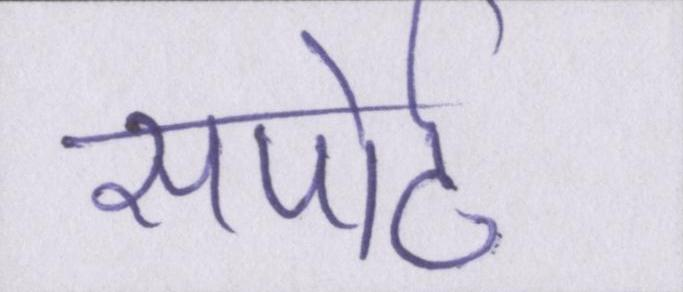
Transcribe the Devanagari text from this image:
सपोर्ट